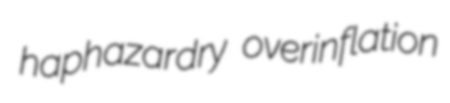
haphazardry overinflation